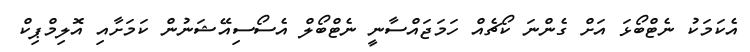
އެކަމަކު ނެޓްބޯޅަ އަށް ގެންނަ ކޯޗެއް ހަމަޖައްސާނީ ނެޓްބޯލް އެސޯސިއޭޝަނުން ކަމަށާއި އޮލިމްޕިކް